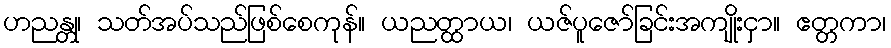
ဟညန္တု၊ သတ်အပ်သည်ဖြစ်စေကုန်။ ယညတ္ထာယ၊ ယဇ်ပူဇော်ခြင်းအကျိုးငှာ။ ဧတ္တကာ၊